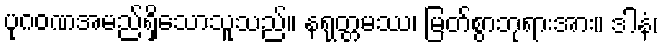
ပုဂဝဏအမည်ရှိသောသူသည်။ နရုတ္တမဿ၊ မြတ်စွာဘုရားအား။ ဒါနံ၊